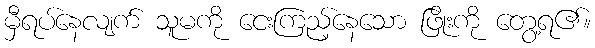
မှီရပ်နေလျက် သူမကို ငေးကြည့်နေသော ဖြိုးကို တွေ့ရ၏။